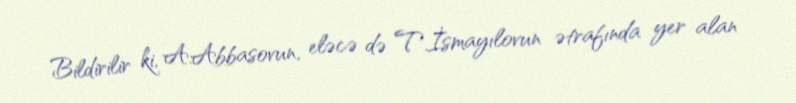
Bildirilir ki, A.Abbasovun, eləcə də T.İsmayılovun ətrafında yer alan